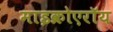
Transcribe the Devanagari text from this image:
माइक्रोएरॉय